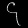
Digit: ၄